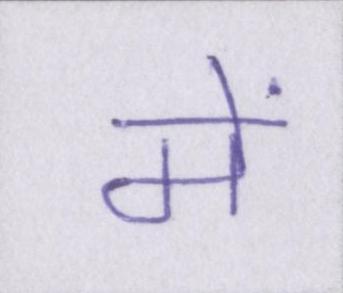
में